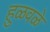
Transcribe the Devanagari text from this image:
हुळवळे